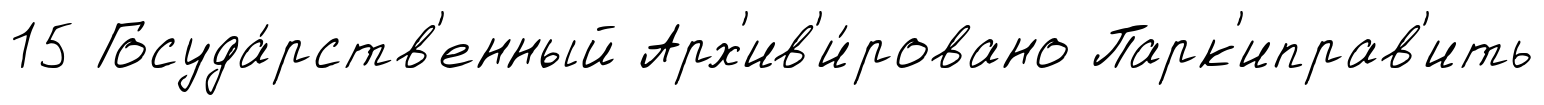
15 Госуда́рств'енный Арх'ив'и́ровано Парк'иправ'ить